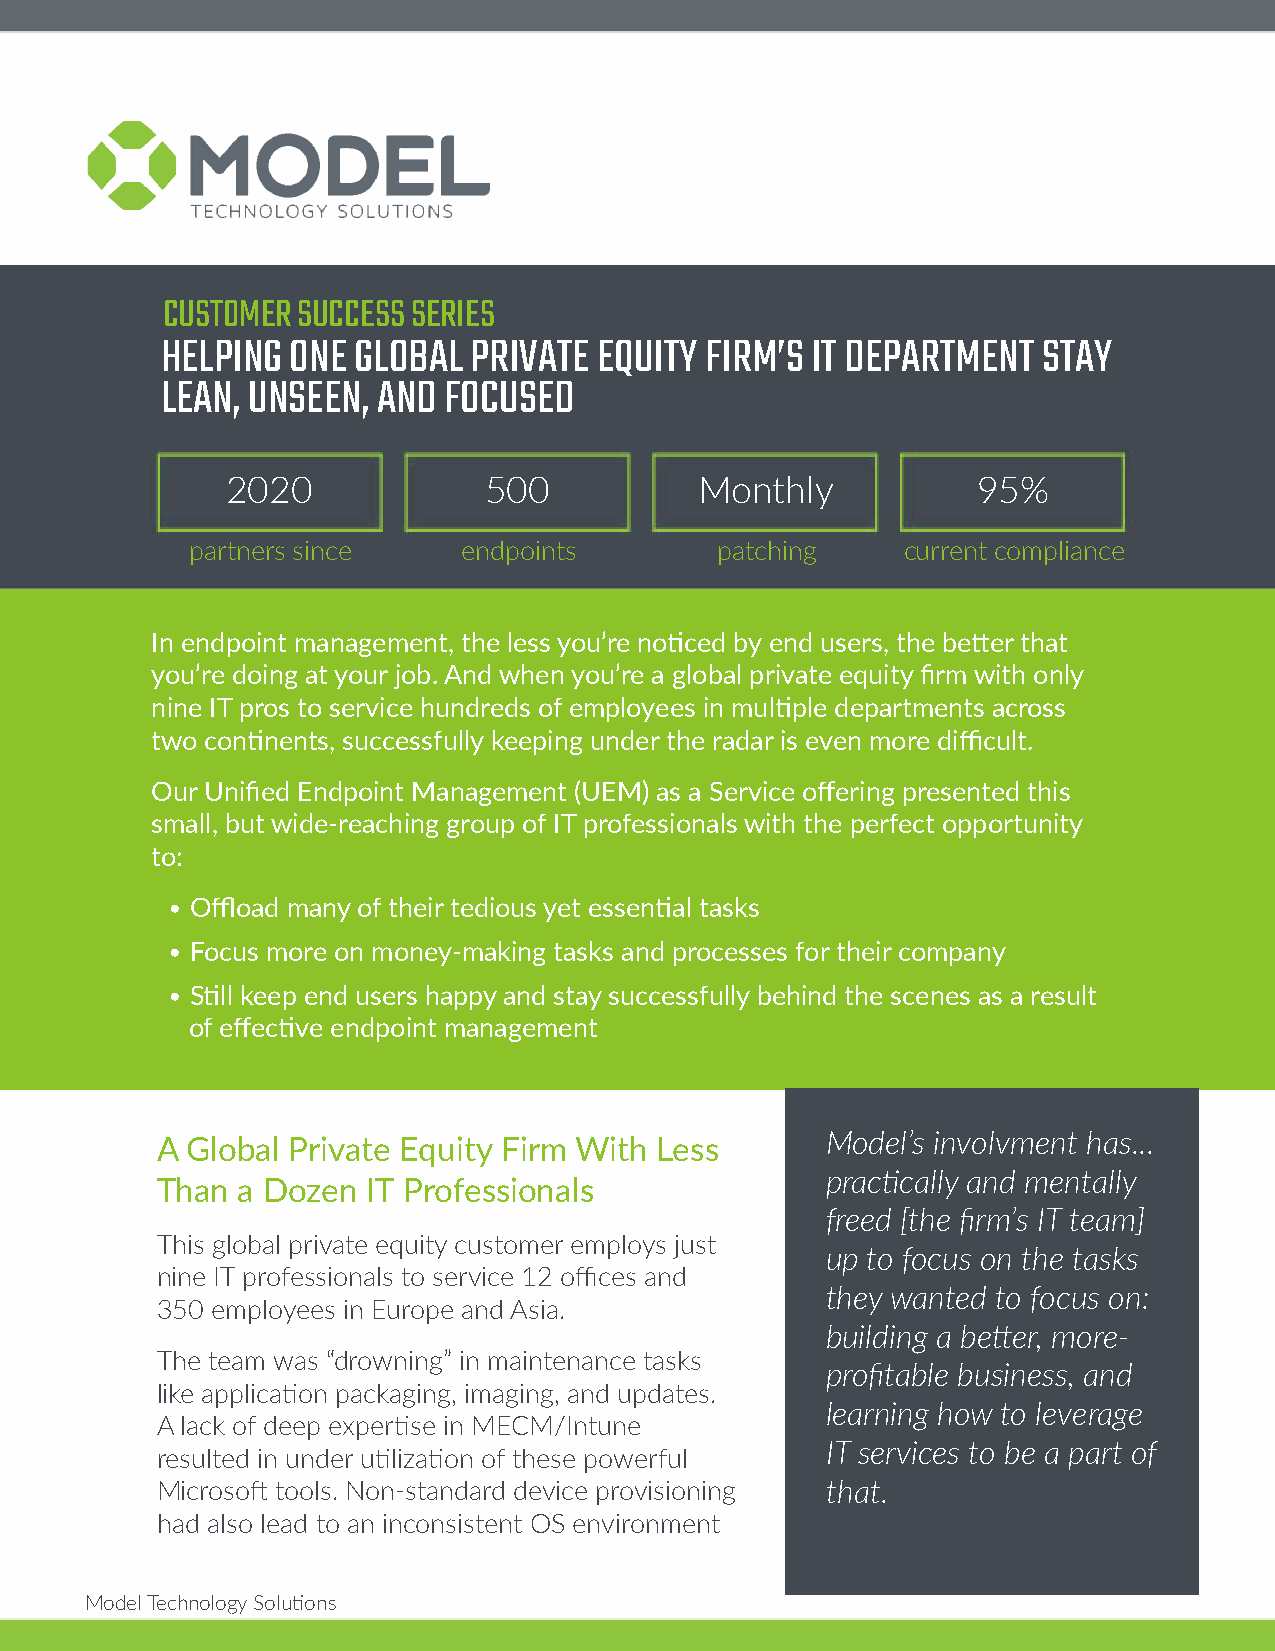
CUSTOMER SUCCESS SERIES
 HElpIng OnE glObal  pRIvaTE  EqUITy fIRM’S IT DEpaRTMEnT  STay
 lEan, UnSEEn, anD fOCUSED
 2020             500           Monthly            95%
 partners since    endpoints       patching     current compliance
 In endpoint management, the less you’re noticed by end users, the better that
 you’re doing at your job. And when you’re a global private equity firm with only
 nine IT pros to service hundreds of employees in multiple departments across
 two continents, successfully keeping under the radar is even more difficult.
 Our Unified Endpoint Management (UEM) as a Service offering presented this
 small, but wide-reaching group of IT professionals with the perfect opportunity
 to:
 • Offload many of their tedious yet essential tasks
 • Focus more on money-making tasks and processes for their company
 • Still keep end users happy and stay successfully behind the scenes as a result
 of effective endpoint management
 Model’s involvment has...
 A Global Private Equity Firm With Less
 practically and mentally
 Than  a Dozen IT Professionals
 freed [the firm’s IT team]
 This global private equity customer employs just
 up to focus on the tasks
 nine IT professionals to service 12 offices and
 they wanted to focus on:
 350 employees in Europe and Asia.
 building a better, more-
 The team was “drowning” in maintenance tasks
 profitable business, and
 like application packaging, imaging, and updates.
 learning how to leverage
 A lack of deep expertise in MECM/Intune
 IT services to be a part of
 resulted in under utilization of these powerful
 Microsoft tools. Non-standard device provisioning that.
 had also lead to an inconsistent OS environment
 Model Technology Solutions